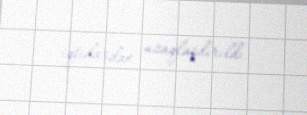
iqtidardan uzaqlaşdırıldı.